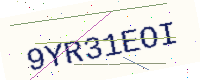
Text: 9YR31EOI